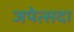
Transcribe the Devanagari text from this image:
जपेत्सदा